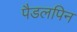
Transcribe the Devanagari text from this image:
पैडलपिन